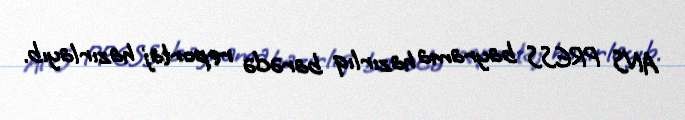
ANS PRESS bayrama hazırlıq barədə reportaj hazırlayıb.